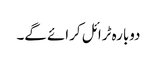
دوبارہ ٹرائل کرائے گے۔